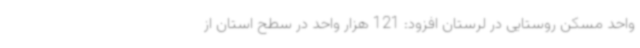
واحد مسکن روستایی در لرستان افزود: 121 هزار واحد در سطح استان از